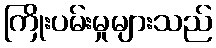
ကြိုးပမ်းမှုများသည်